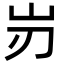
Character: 岃